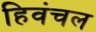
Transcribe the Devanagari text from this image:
हिवंचल